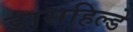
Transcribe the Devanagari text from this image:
डासहिल्डे